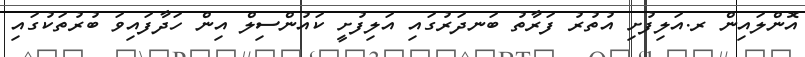
އޮންލައިން ރ.އަލިފުށި އުތުރު ފަރާތު ބަނދަރުގައި އަލިފުށީ ކައުންސިލް އިން ހަދާފައިވަ ބުރުތަކުގައި